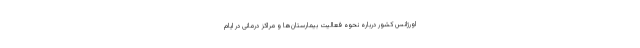
اورژانس کشور درباره نحوه فعالیت بیمارستان‌ها و مراکز درمانی در ایام